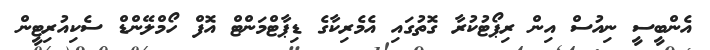
އެންބީސީ ނިއުސް އިން ރިޕޯޓުކުރާ ގޮތުގައި އެމެރިކާގެ ޑިޕާޓްމަންޓް އޮފް ހޯމްލޭންޑް ސެކިއުރިޓީން